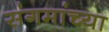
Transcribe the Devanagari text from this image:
संगमांच्या